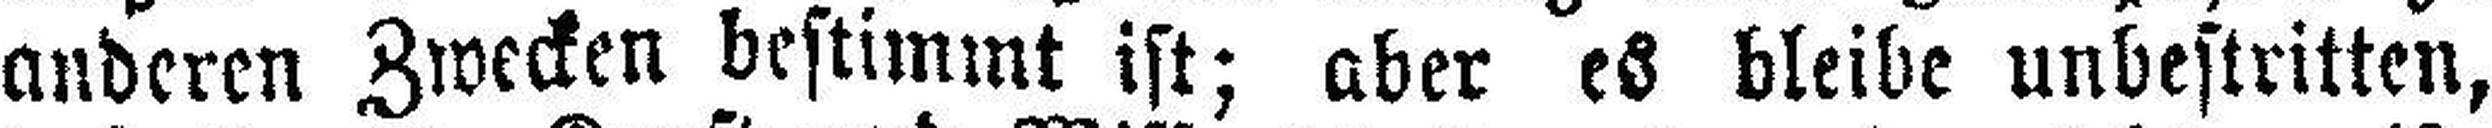
anderen Zwecken bestimmt ist; aber es bleibe unbestritten,